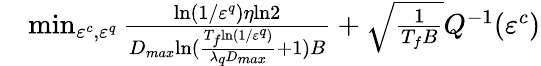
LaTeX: \begin{array}{rl}&{\operatorname*{min}_{\varepsilon^{c},\varepsilon^{q}}\frac{{\mathrm{ln}(1/\varepsilon^{q})\eta\mathrm{ln}2}}{D_{max}{\mathrm{ln}(\frac{T_{f}{\mathrm{ln}(1/\varepsilon^{q})}}{\lambda_{q}D_{max}}+1)B}}+\sqrt{\frac{1}{T_{f}B}}Q^{-1}(\varepsilon^{c})}\end{array}